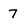
Character: 7